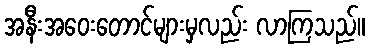
အနီးအဝေးတောင်များမှလည်း လာကြသည်။